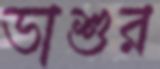
ভাশুর